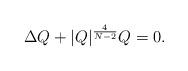
LaTeX: \begin{align*}\Delta Q + |Q|^{\frac{4}{N-2}} Q = 0.\end{align*}